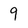
Character: 9